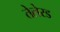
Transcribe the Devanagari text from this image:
तेलेरड